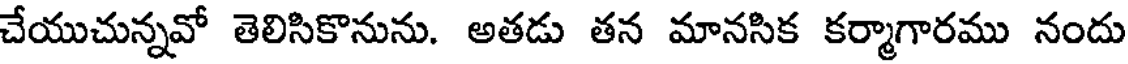
చేయుచున్నవో తెలిసికొనును. అతడు తన మానసిక కర్మాగారము నందు